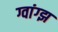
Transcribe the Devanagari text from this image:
ग्वांग्झ